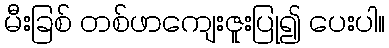
မီးခြစ် တစ်ဖာကျေးဇူးပြု၍ ပေးပါ။